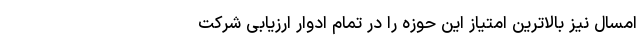
امسال نیز بالاترین امتیاز این حوزه را در تمام ادوار ارزیابی شرکت